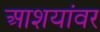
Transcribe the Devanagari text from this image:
आशयांवर